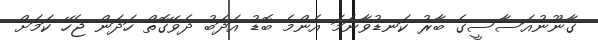
ގާނޫނުއަަސާސީގެ ބާރު ކަނޑުވާނަމަ އެންމެ ބޮޑު އަދަބު ދެވޭގޮތް ހަދަން ޖެހޭ ކަމަށް